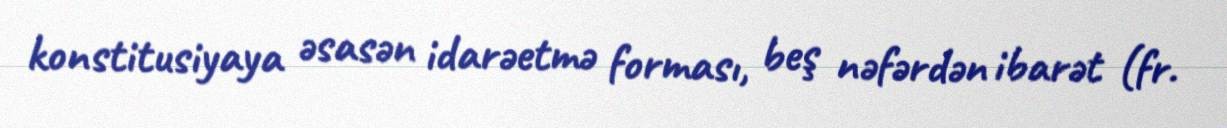
konstitusiyaya əsasən idarəetmə forması, beş nəfərdən ibarət (fr.